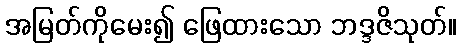
အမြတ်ကိုမေး၍ ဖြေထားသော ဘဒ္ဒဇိသုတ်။